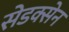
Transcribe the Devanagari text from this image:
सेडक्सेन